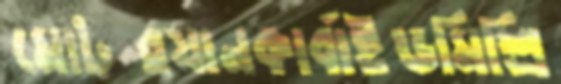
মোটরযানকার্বাইডমিশ্রি